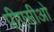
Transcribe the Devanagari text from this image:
पीएसीओ